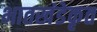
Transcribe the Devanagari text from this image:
भातखंडेकृत